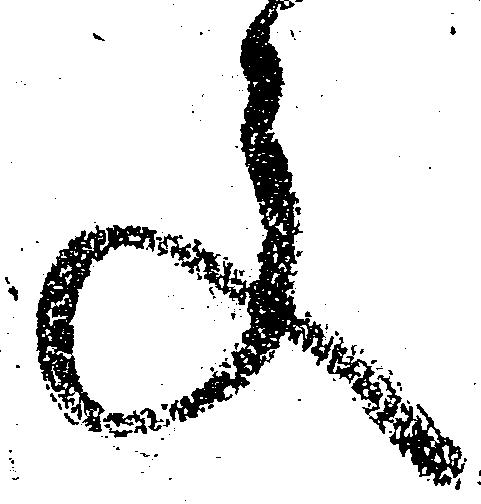
文